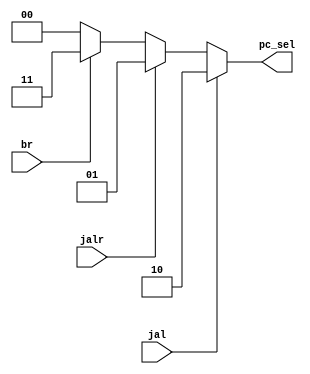
`timescale 1ns / 1ps

module Encoder (
    input jal, jalr, br,
    output reg [1:0] pc_sel
);
    always @(*) begin
        if (jal) pc_sel = 2;
        else if (jalr) pc_sel = 1;
        else if (br) pc_sel = 3;
        else pc_sel = 0;
    end
endmodule